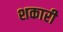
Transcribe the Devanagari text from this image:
शकारी